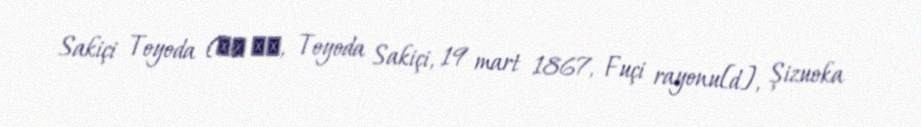
Sakiçi Toyoda (豊田 佐吉, Toyoda Sakiçi, 19 mart 1867, Fuçi rayonu[d], Şizuoka